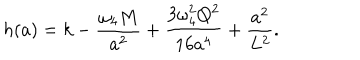
h ( a ) = k - { \frac { \omega _ { 4 } M } { a ^ { 2 } } } + { \frac { 3 \omega _ { 4 } ^ { 2 } Q ^ { 2 } } { 1 6 a ^ { 4 } } } + { \frac { a ^ { 2 } } { L ^ { 2 } } } .